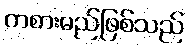
ကစားမည်ဖြစ်သည်